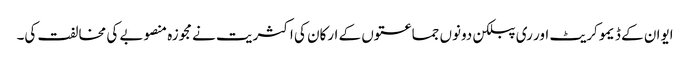
ایوان کے ڈیمو کریٹ اور ری پبلکن دونوں جماعتوں کے ارکان کی اکثریت نے مجوزہ منصوبے کی مخالفت کی۔